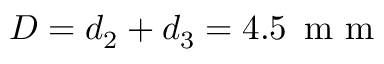
D = d _ { 2 } + d _ { 3 } = 4 . 5 \, \mathrm { ~ m ~ m ~ }